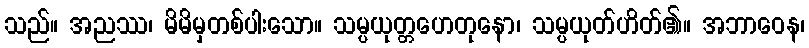
သည်။ အညဿ၊ မိမိမှတစ်ပါးသော။ သမ္ပယုတ္တဟေတုနော၊ သမ္ပယုတ်ဟိတ်၏။ အဘာဝေန၊